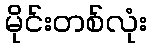
မိုင်းတစ်လုံး